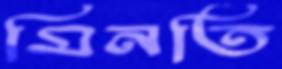
মিনতি